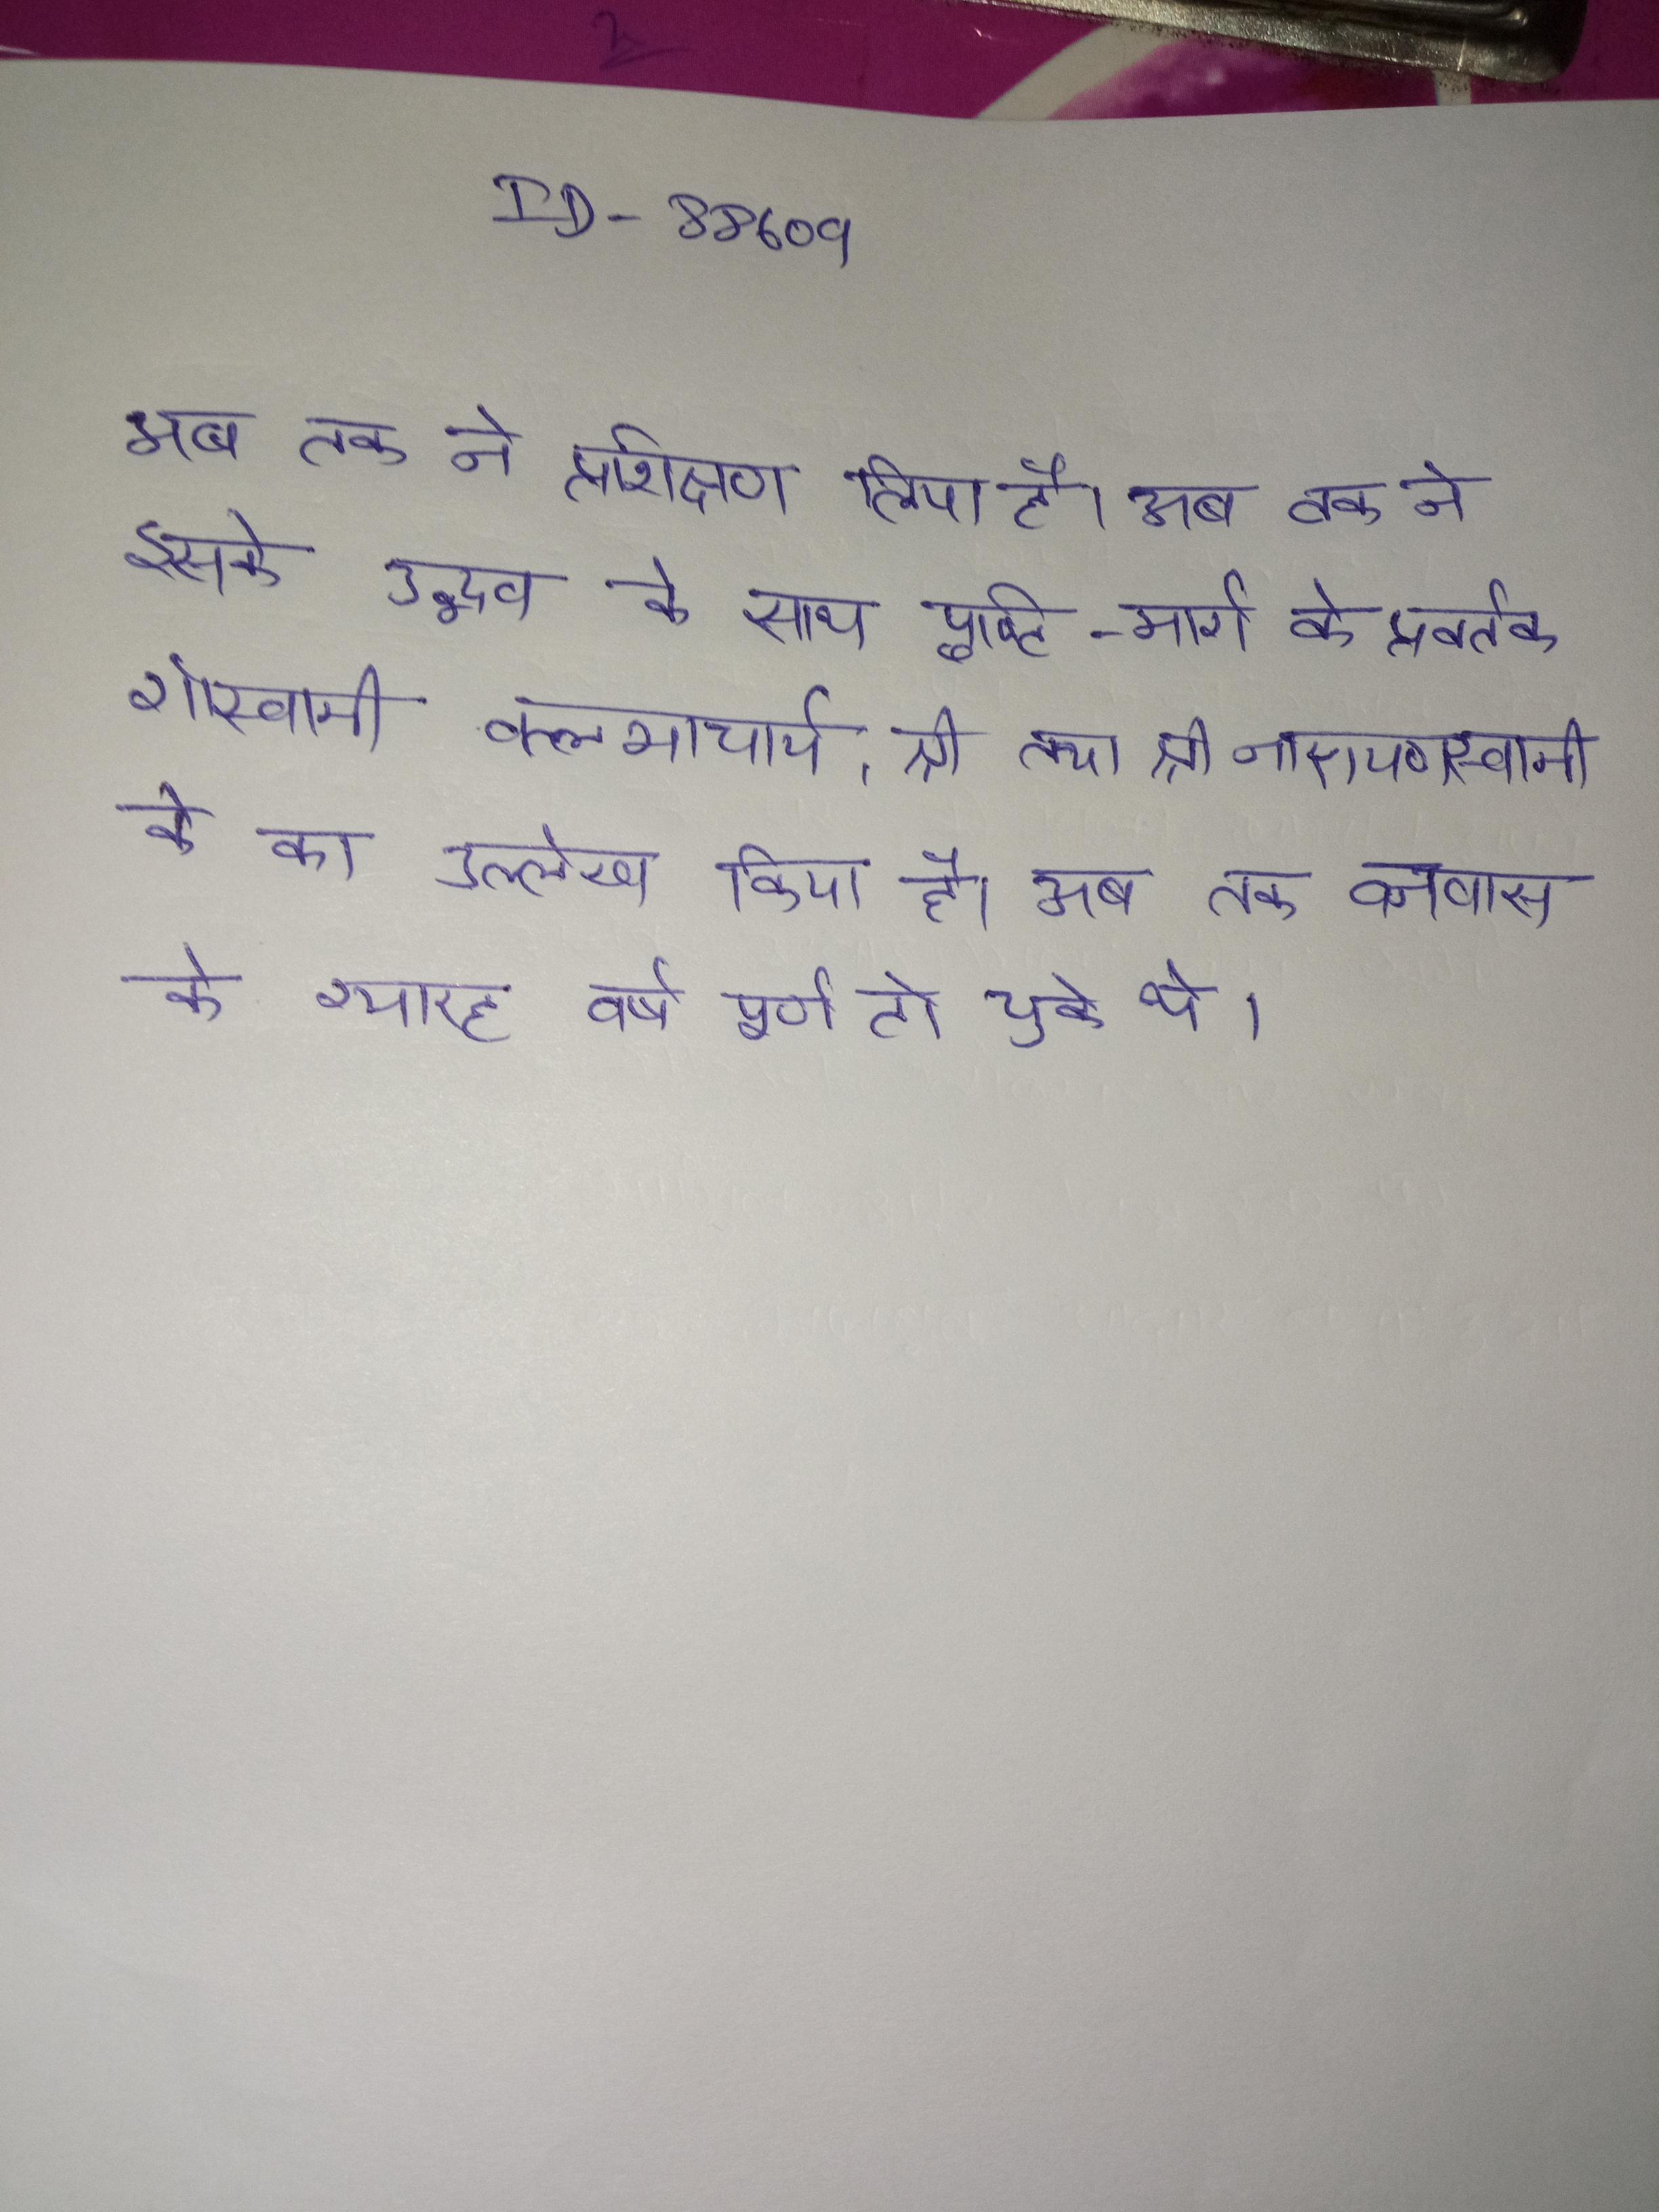
अब तक ने प्रशिक्षण लिया है । अब तक ने इसके उद्भव के साथ पुष्टि- मार्ग के प्रवर्तक गोस्वामी वल्लभाचार्य, श्री तथा श्री नारायणस्वामी के का उल्लेख किया है । अब तक वनवास के ग्यारह वर्ष पूर्ण हो चुके थे ।